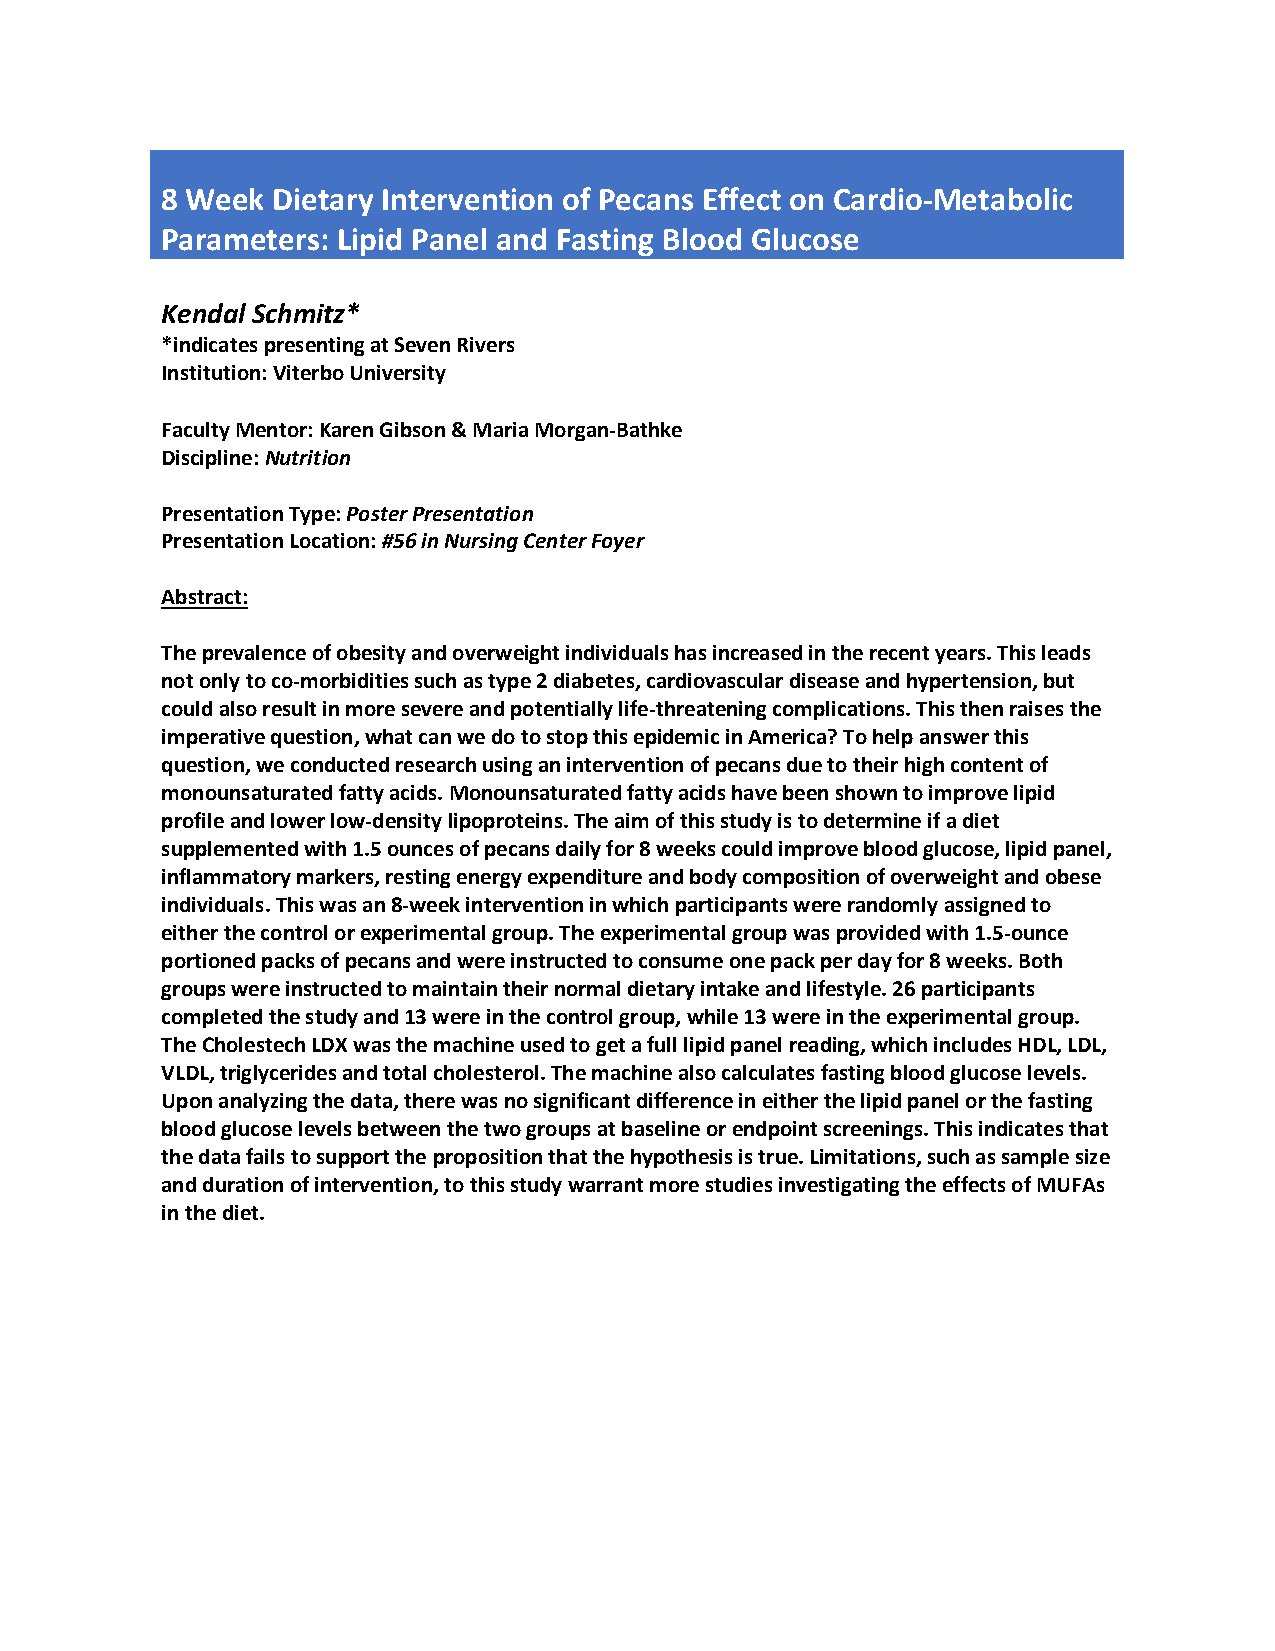
8 Week Dietary Intervention of Pecans Effect on Cardio-Metabolic
 Parameters: Lipid Panel and Fasting Blood Glucose
 Kendal Schmitz*
 *indicates presenting at Seven Rivers
 Institution: Viterbo University
 Faculty Mentor: Karen Gibson & Maria Morgan-Bathke
 Discipline: Nutrition
 Presentation Type: Poster Presentation
 Presentation Location: #56 in Nursing Center Foyer
 Abstract:
 The prevalence of obesity and overweight individuals has increased in the recent years. This leads
 not only to co-morbidities such as type 2 diabetes, cardiovascular disease and hypertension, but
 could also result in more severe and potentially life-threatening complications. This then raises the
 imperative question, what can we do to stop this epidemic in America? To help answer this
 question, we conducted research using an intervention of pecans due to their high content of
 monounsaturated fatty acids. Monounsaturated fatty acids have been shown to improve lipid
 profile and lower low-density lipoproteins. The aim of this study is to determine if a diet
 supplemented with 1.5 ounces of pecans daily for 8 weeks could improve blood glucose, lipid panel,
 inflammatory markers, resting energy expenditure and body composition of overweight and obese
 individuals. This was an 8-week intervention in which participants were randomly assigned to
 either the control or experimental group. The experimental group was provided with 1.5-ounce
 portioned packs of pecans and were instructed to consume one pack per day for 8 weeks. Both
 groups were instructed to maintain their normal dietary intake and lifestyle. 26 participants
 completed the study and 13 were in the control group, while 13 were in the experimental group.
 The Cholestech LDX was the machine used to get a full lipid panel reading, which includes HDL, LDL,
 VLDL, triglycerides and total cholesterol. The machine also calculates fasting blood glucose levels.
 Upon analyzing the data, there was no significant difference in either the lipid panel or the fasting
 blood glucose levels between the two groups at baseline or endpoint screenings. This indicates that
 the data fails to support the proposition that the hypothesis is true. Limitations, such as sample size
 and duration of intervention, to this study warrant more studies investigating the effects of MUFAs
 in the diet.